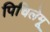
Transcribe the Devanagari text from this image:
पिचिलेमू